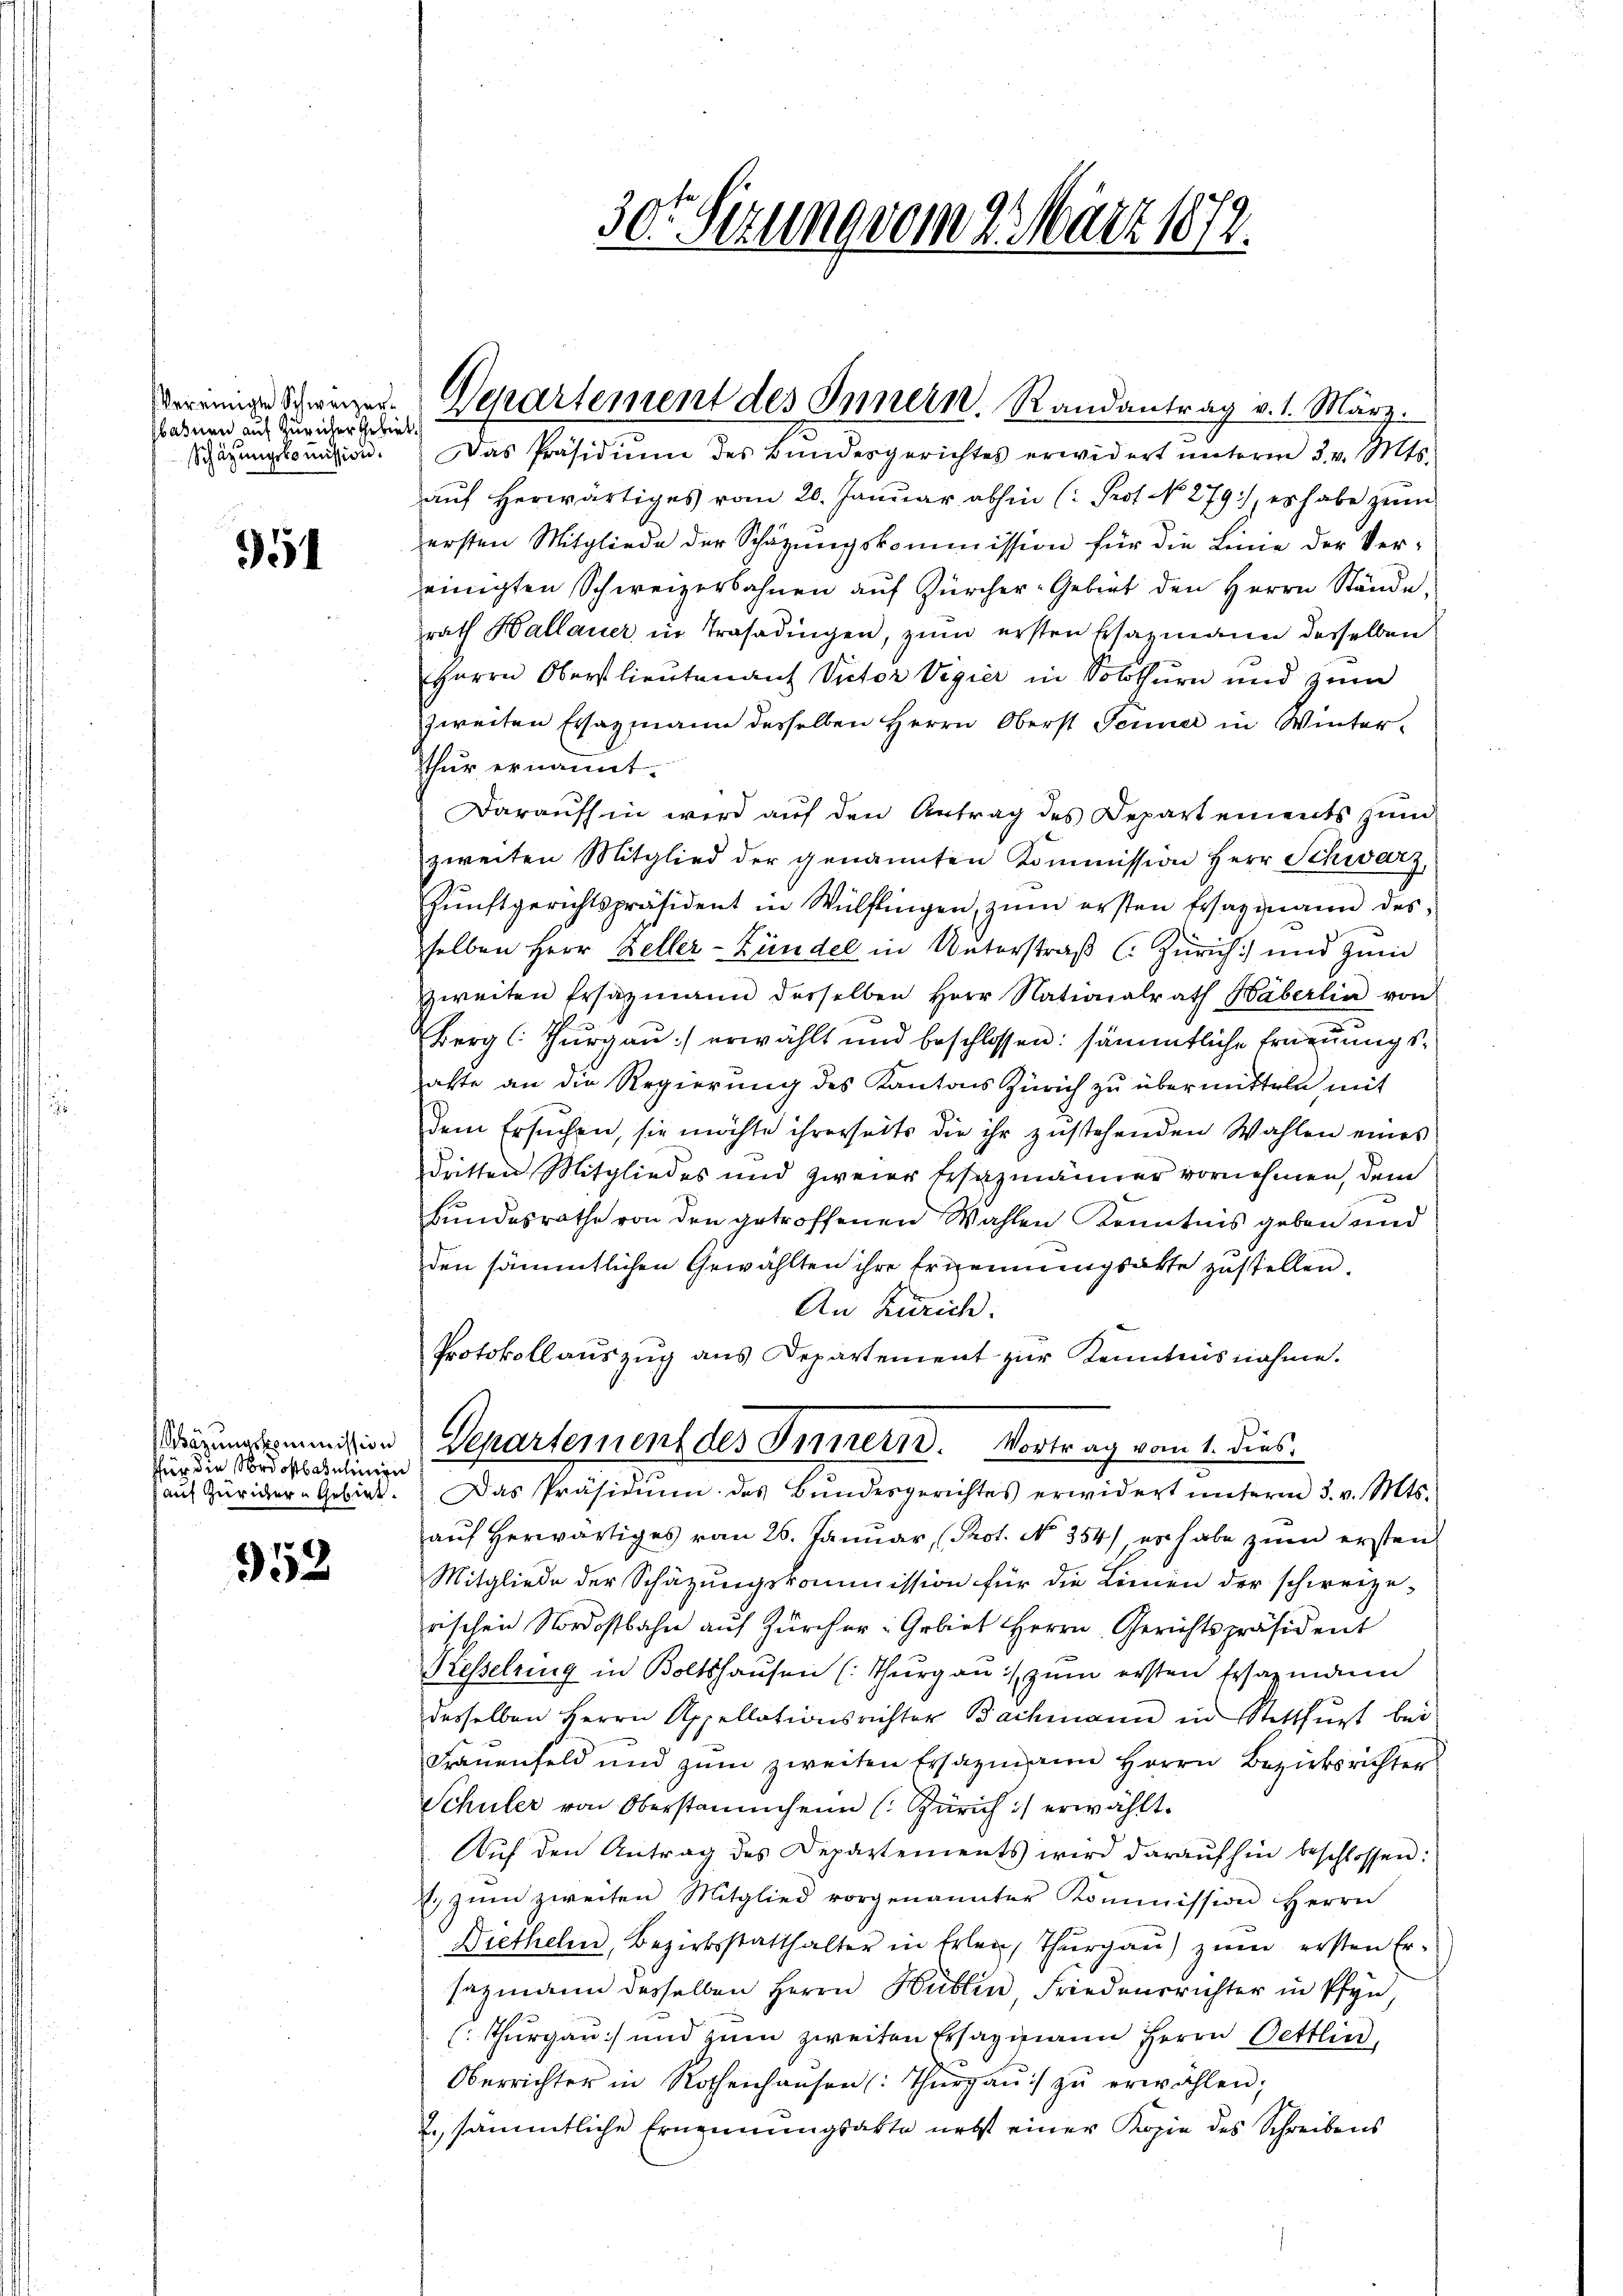
Vereinigte Schweizerbahnen auf Züricher Gebiet.

354

ffür die Nordostbaulinien

352

Departement des Innern. Randantrag v. 1. März.

30t Sizung vom 2. März 1872.

Schazungskomision. Das Präsidium des Bundesgerichtes erwidert unterm 3. v. Mts.
auf herwärtiges vom 20. Januar abhin (: Prof. No. 279), es habe zum
ersten Mitgliede der Schätzungskommission für die Linie der Vereinigten Schweizerbahnen aŭf Zürcher-Gebiet den Herrn Stände,
rath Hallauer in Trasadingen, zŭm ersten Bazmann desselben
Herrn Oberstlieutenant Victor Vigier in Solothurn und zŭm
zweiten Ersazmann desselben Herrn Oberst Jenner in Winterthur ernannt.
Daraufhin wird aŭf den Antrag des Departements zŭm
zweiten Mitglied der genannten Kommission Herr Schwarz
hŭnftgerichtspräsident in Wülflingen, zŭm ersten Ersazmann des
selben Herr Keller-Bündel in Unterstraß C. Zürich) und zum
zweiten Ersatzmann derselben Herr Nationalrath Häberlin von
Berg (: Thurgau) erwählt und beschlossen: sämmtliche Erneuungsalte an die Regierung des Kantons Zürich zu übermitteln mit
dem Ersuchen, sie möchte ihrerseits die ihr zustehenden Wahlen eines
dritten Mitgliedes und zweier Ersatzmänner vornehmen, dem
Bundesrathe von den getroffenen Wahlen Kenntnis geben und
den sämmtlichen Gewählten ihre Ernennungsakte zustellen.
An Zürich.
Protokollaŭszŭg ans Departement zŭr Kenntnisnahme.
Wörungsminition Separtement des Innern. Vortrag vom 1. dies
aŭf Züriker-Gebiet. Das Präsidium des Bŭndesgerichtes erwidert ŭnterm 3. v. Mts.
auf herwärtiges vom 26. Januar (Prot. No. 354) er habe zum ersten
Mitgliede der Schätzungskommission für die Linien der schweizerischen Nordostbahn auf Zürcher- Gebiet Herrn Gerichtspräsident
Presselring in Boltshausen (Thurgau :/ zum ersten Ersazmann
desselben Herrn Appellationsrichter Bachmann in Stattfurt bei
Frauenfeld und zum zweiten Ersazmann Herrn Bezirksrichter
Schüler von Oberstammheim (Zürich) erwählt.
Auf den Antrag des Departements wird daraufhin beschlossen:
. zŭm zweiten Mitglied vorgenannter Kommission Herrn
Diethelm, Bezirksstatthalter in Erlen, Thurgau) zum ersten Ersazmann desselben Herrn Büblen Friedensrichter in Pfyn,
(Thurgau) und zum zweiten Ersazmann Herrn Oettlin,
Oberrichter in Rothenhaŭsen (: Thŭrgaŭ) zŭ erwählen;
2. sämmtliche Ernennungsakte nebst einer Kopie des Schreibens